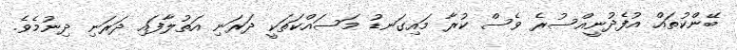
ބޭންކުތައް އުފެދުނީއްސުރެ ވެސް ކުރާ މައިގަނޑު މަސައްކަތަކީ ދަރަނި އަތުލާފައި ދަރަނި ދިނުމެވެ.